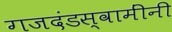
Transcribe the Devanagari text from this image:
गजदंडस्वामींनी